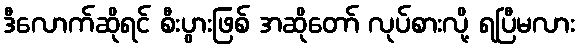
ဒီလောက်ဆိုရင် စီးပွားဖြစ် အဆိုတော် လုပ်စားလို့ ရပြီမလား